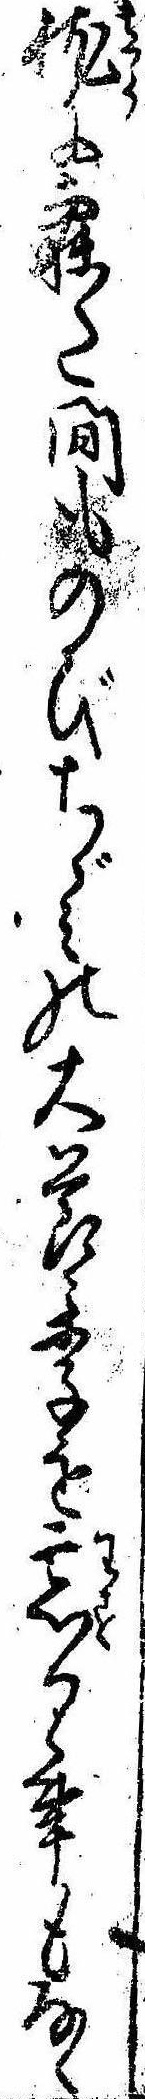
枕に寐た間ものびちゞみの大節季を忘るゝ事もなく